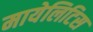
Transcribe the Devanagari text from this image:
मायेलिटिस